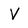
Character: V